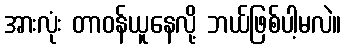
အားလုံး တာဝန်ယူနေလို့ ဘယ်ဖြစ်ပါ့မလဲ။